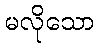
မလိုသော